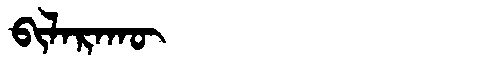
Manchu: ᠪᡳᠯᠠᡵᠠᡴᡡ
Romanization: BILARAKŪ